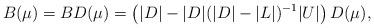
LaTeX: \begin{align*}B(\mu)=BD(\mu)=\left(|D|-|D|(|D|-|L|)^{-1}|U|\right)D(\mu),\end{align*}